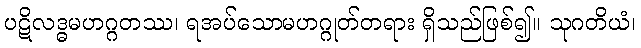
ပဋိလဒ္ဓမဟဂ္ဂတဿ၊ ရအပ်သောမဟဂ္ဂုတ်တရား ရှိသည်ဖြစ်၍။ သုဂတိယံ၊